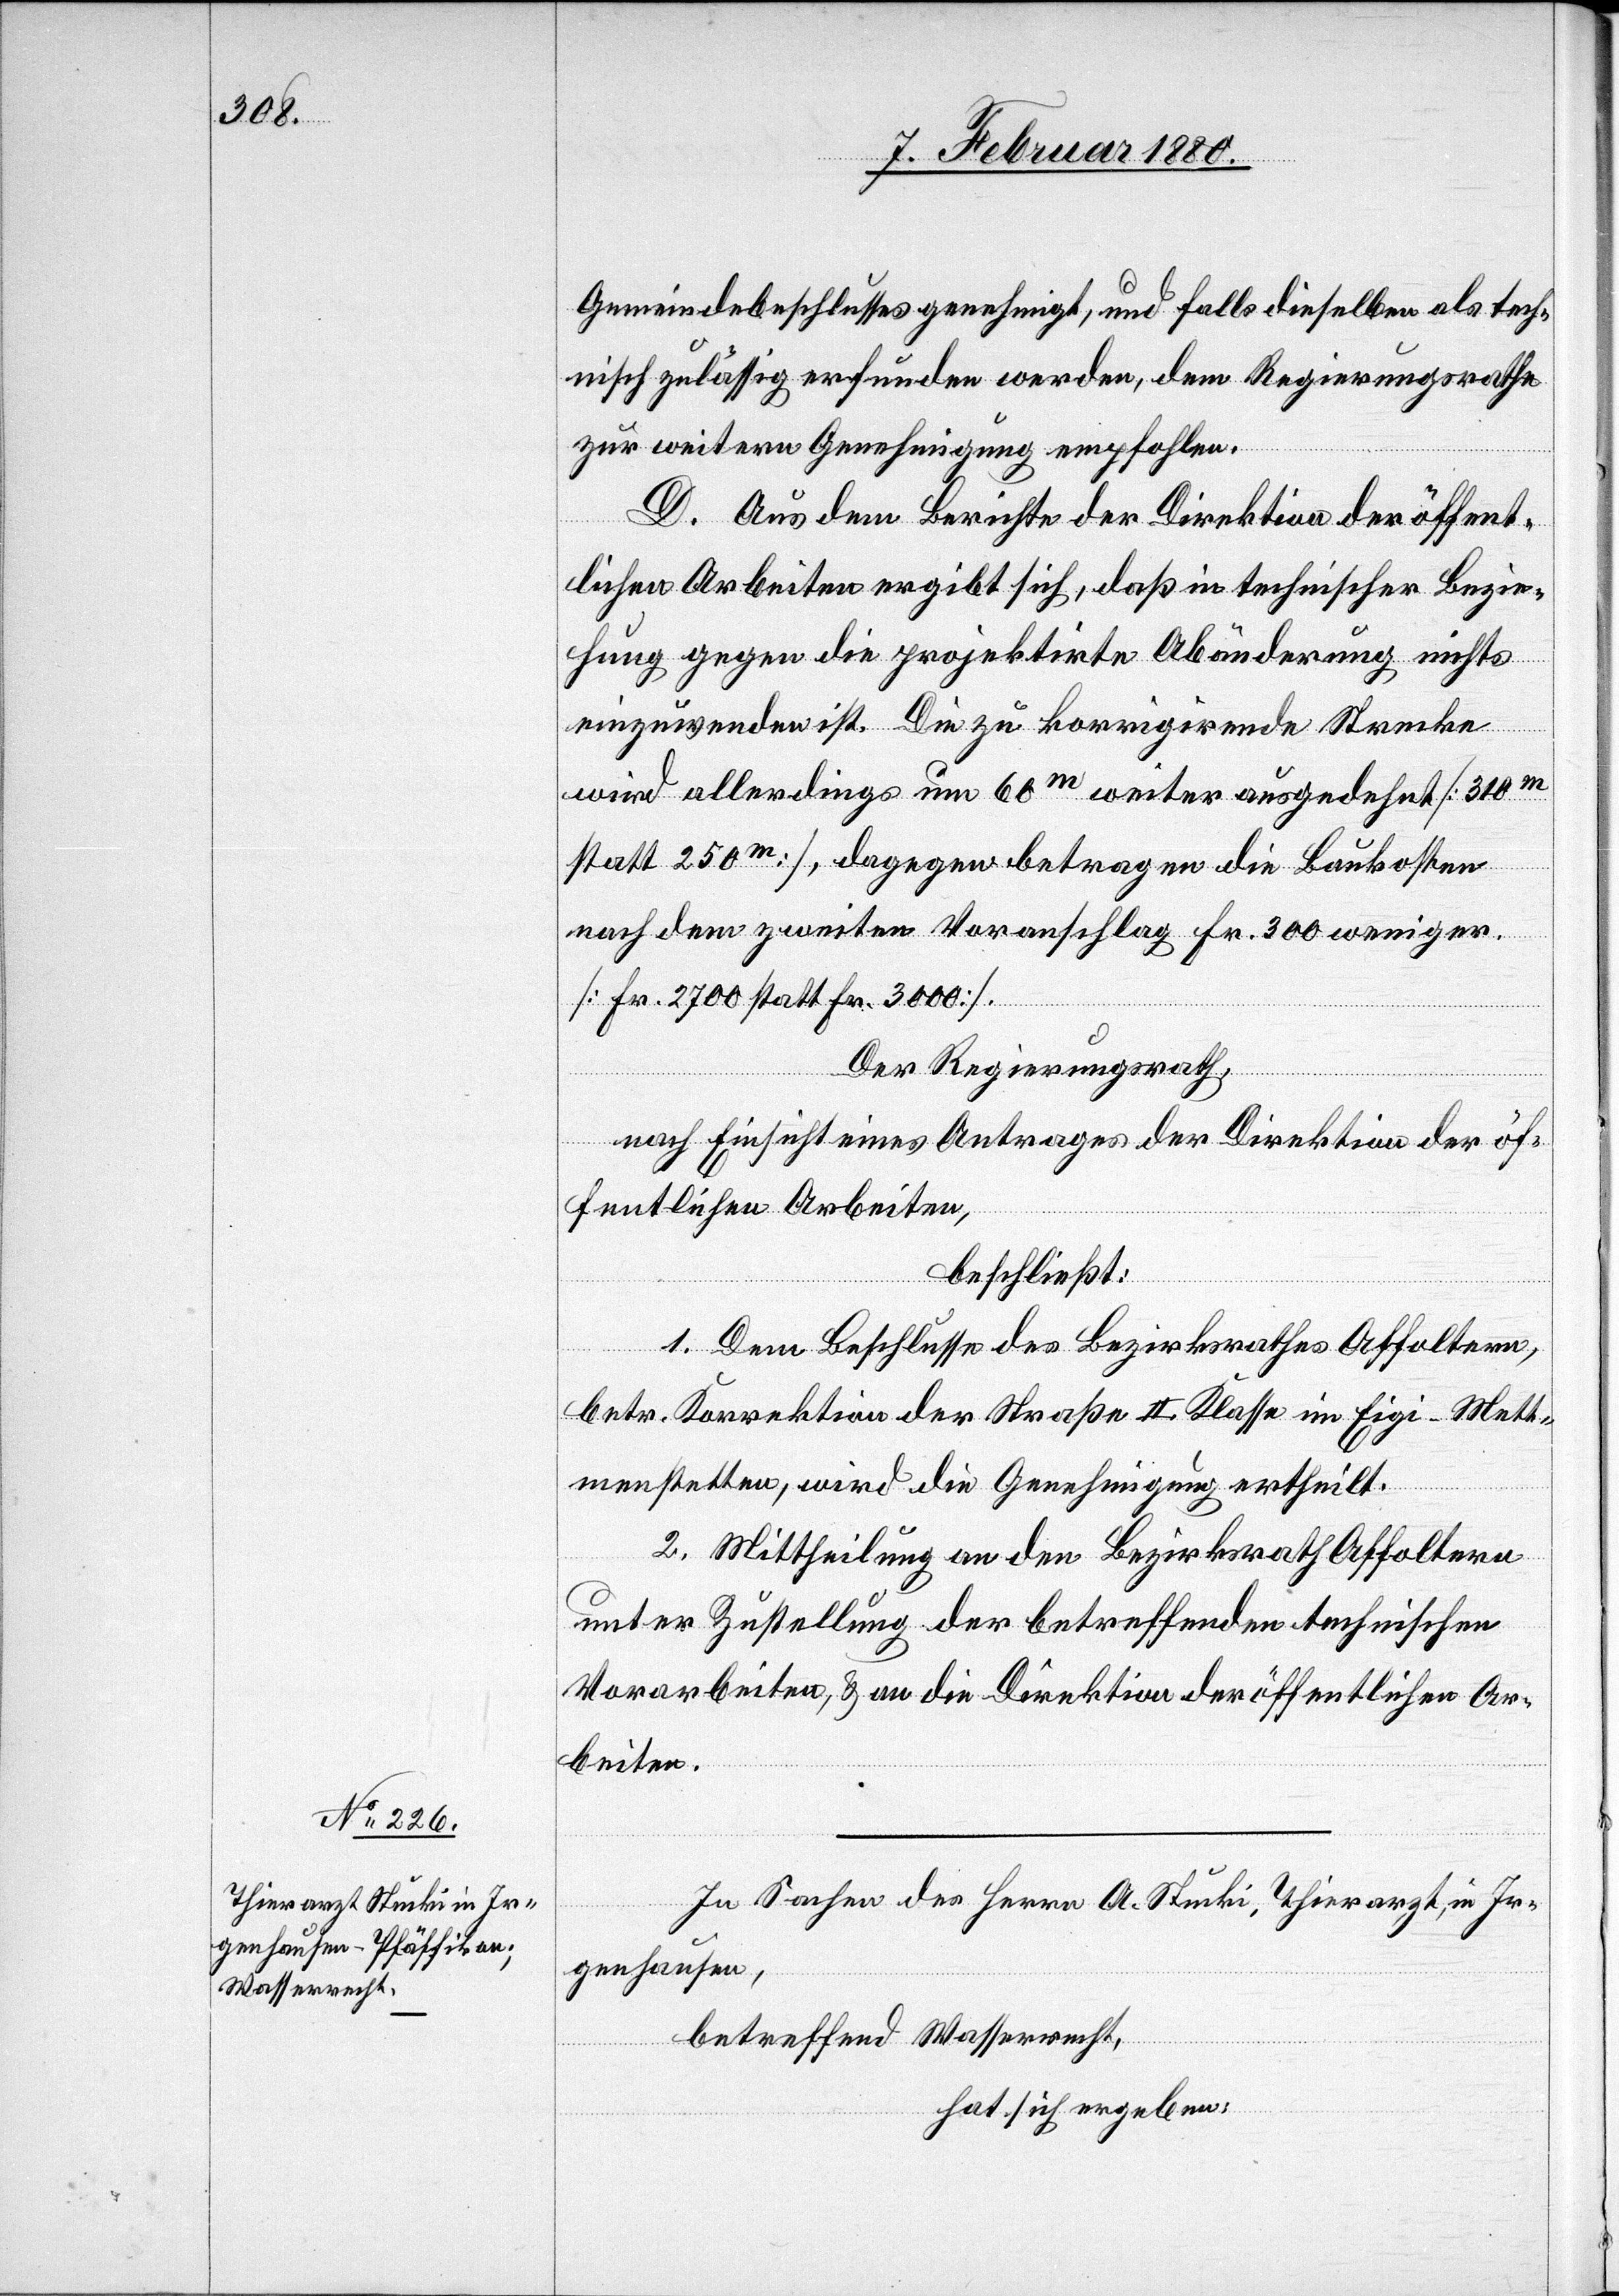
Gemeindebeschlusses genehmigt, und falls dieselben als tech¬
nisch zulässig erfunden werden, dem Regierungsrathe
zur weitern Genehmigung empfohlen.
D. Aus dem Berichte der Direktion der öffent¬
lichen Arbeiten ergibt sich, daß in technischer Bezie¬
hung gegen die projektirte Abänderung nichts
einzuwenden ist. Die zu korrigirende Strecke
wird allerdings um 60m weiter ausgedehnt [310m
statt 250m], dagegen betragen die Baukosten
nach dem zweiten Voranschlag Fr. 300 weniger.
[Fr. 2700 statt Fr. 3000].
Der Regierungsrath,
nach Einsicht eines Antrages der Direktion der öf¬
fentlichen Arbeiten,
beschließt:
1. Dem Beschlusse des Bezirksrathes Affoltern,
betr. Korrektion der Straße II. Klasse im Eigi-Mett¬
menstetten, wird die Genehmigung ertheilt.
2. Mittheilung an den Bezirksrath Affoltern
unter Zustellung der betreffenden technischen
Vorarbeiten, & an die Direktion der öffentlichen Ar¬
beiten.
In Sachen des Herrn A. Stucki, Thierarzt, in Ir¬
genhausen,
betreffend Wasserrecht,
hat sich ergeben: